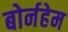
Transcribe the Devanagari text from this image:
बोर्नहेम